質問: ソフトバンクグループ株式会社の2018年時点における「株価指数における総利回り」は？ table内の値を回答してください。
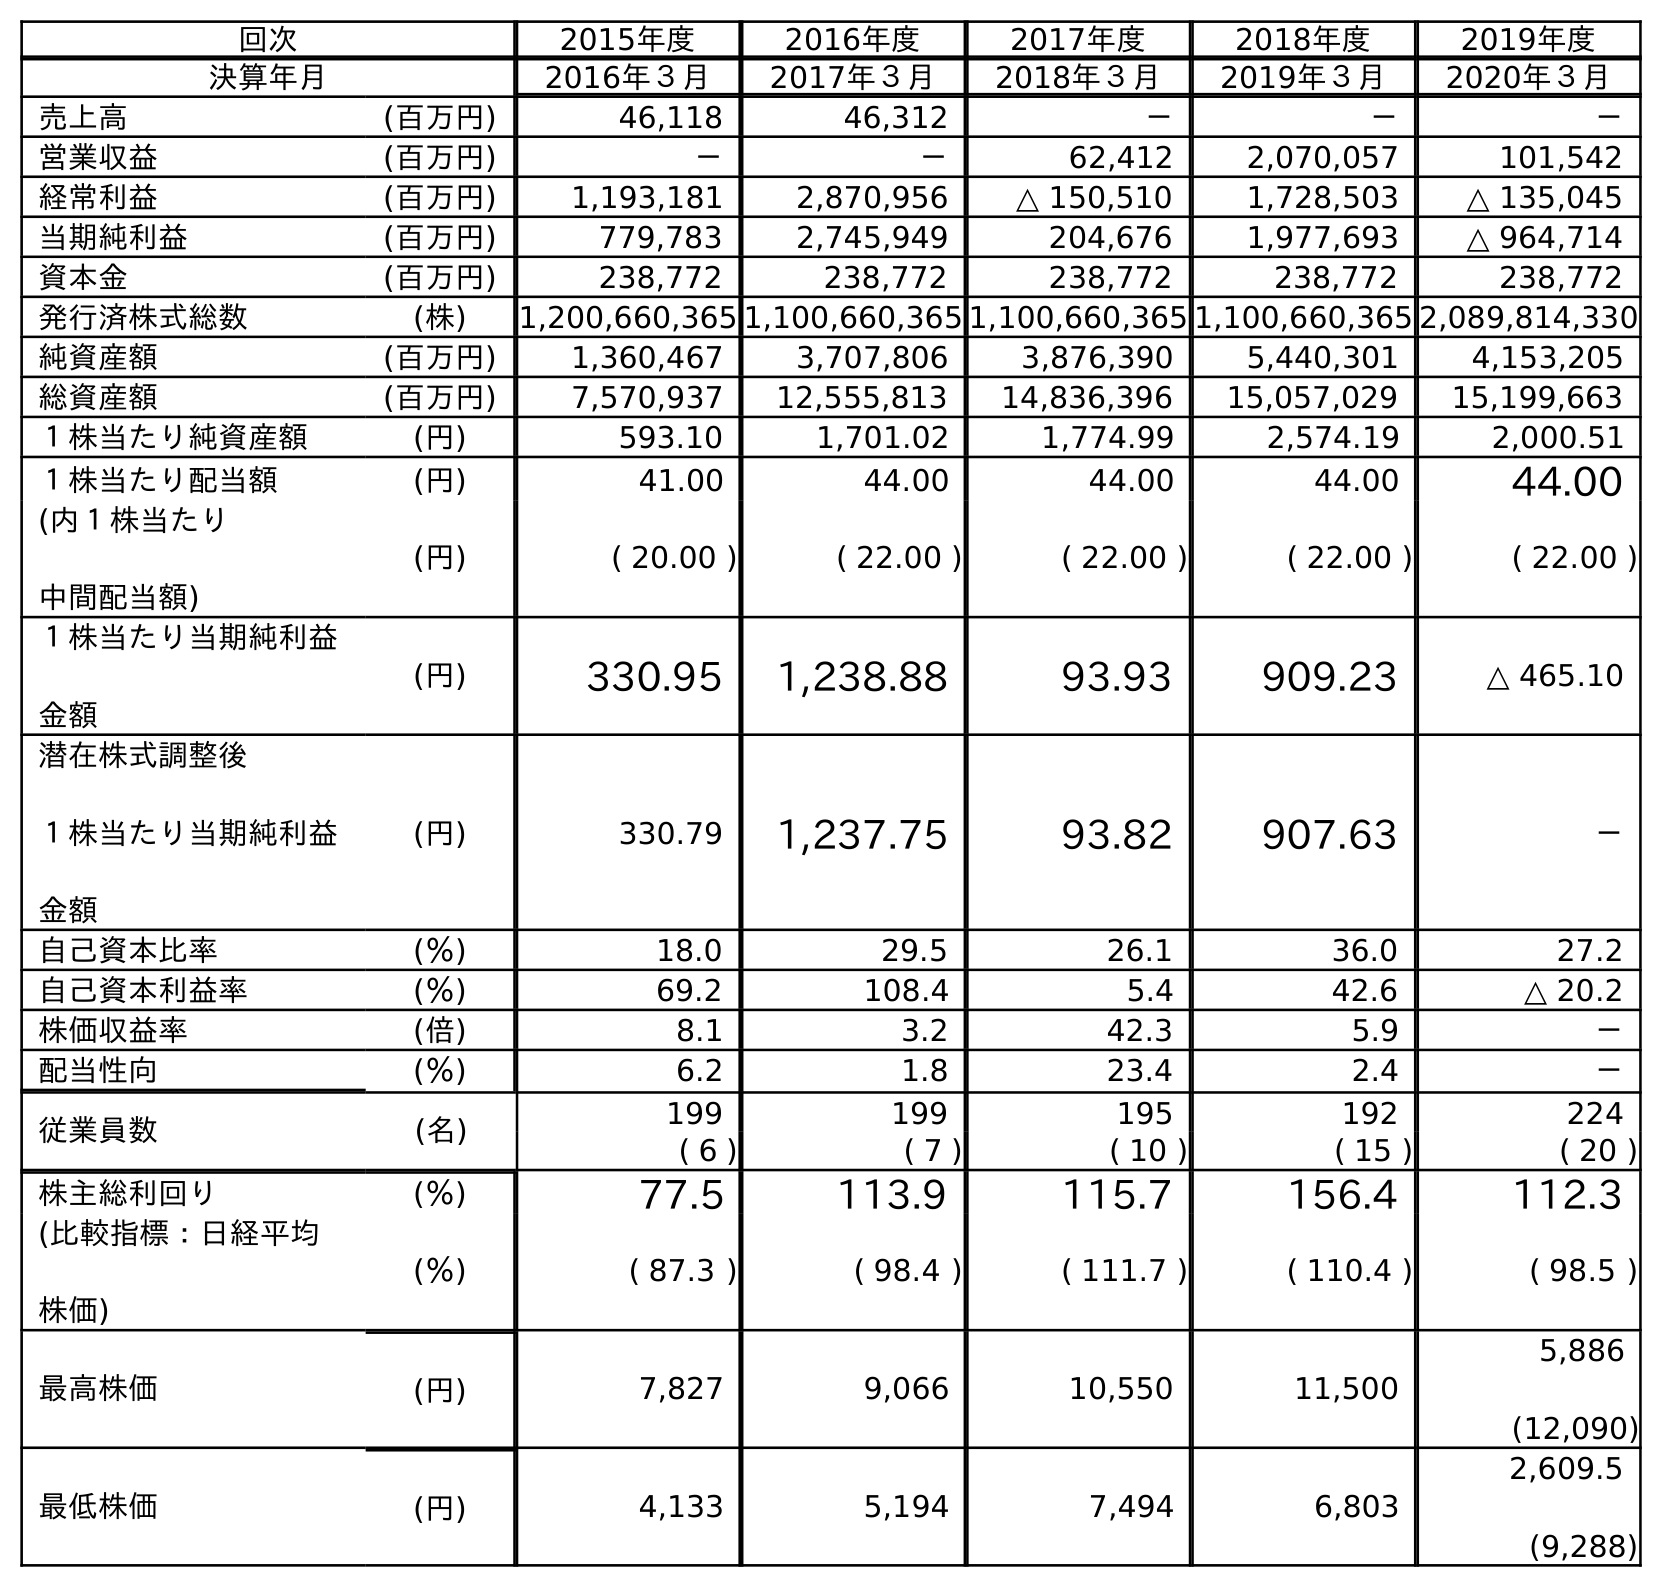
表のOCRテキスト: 回次 2015年度 2016年度 2017年度 2018年度 2019年度 決算年月 2016年３月 2017年３月 2018年３月 2019年３月 2020年３月 売上高 (百万円) 46,118 46,312 － － － 営業収益 (百万円) － － 62,412 2,070,057 101,542 経常利益 (百万円) 1,193,181 2,870,956 △ 150,510 1,728,503 △ 135,045 当期純利益 (百万円) 779,783 2,745,949 204,676 1,977,693 △ 964,714 資本金 (百万円) 238,772 238,772 238,772 238,772 238,772 発行済株式総数 (株) 1,200,660,365 1,100,660,365 1,100,660,365 1,100,660,365 2,089,814,330 純資産額 (百万円) 1,360,467 3,707,806 3,876,390 5,440,301 4,153,205 総資産額 (百万円) 7,570,937 12,555,813 14,836,396 15,057,029 15,199,663 １株当たり純資産額 (円) 593.10 1,701.02 1,774.99 2,574.19 2,000.51 １株当たり配当額 (円) 41.00 44.00 44.00 44.00 44.00 (内１株当たり 中間配当額) (円) ( 20.00 ) ( 22.00 ) ( 22.00 ) ( 22.00 ) ( 22.00 ) １株当たり当期純利益 金額 (円) 330.95 1,238.88 93.93 909.23 △ 465.10 潜在株式調整後 １株当たり当期純利益 金額 (円) 330.79 1,237.75 93.82 907.63 － 自己資本比率 (％) 18.0 29.5 26.1 36.0 27.2 自己資本利益率 (％) 69.2 108.4 5.4 42.6 △ 20.2 株価収益率 (倍) 8.1 3.2 42.3 5.9 － 配当性向 (％) 6.2 1.8 23.4 2.4 － 従業員数 (名) 199 199 195 192 224 ( 6 ) ( 7 ) ( 10 ) ( 15 ) ( 20 ) 株主総利回り (％) 77.5 113.9 115.7 156.4 112.3 (比較指標：日経平均 株価) (％) ( 87.3 ) ( 98.4 ) ( 111.7 ) ( 110.4 ) ( 98.5 ) 最高株価 (円) 7,827 9,066 10,550 11,500 5,886 (12,090) 最低株価 (円) 4,133 5,194 7,494 6,803 2,609.5 (9,288)
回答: (111.7)